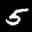
Label: 5